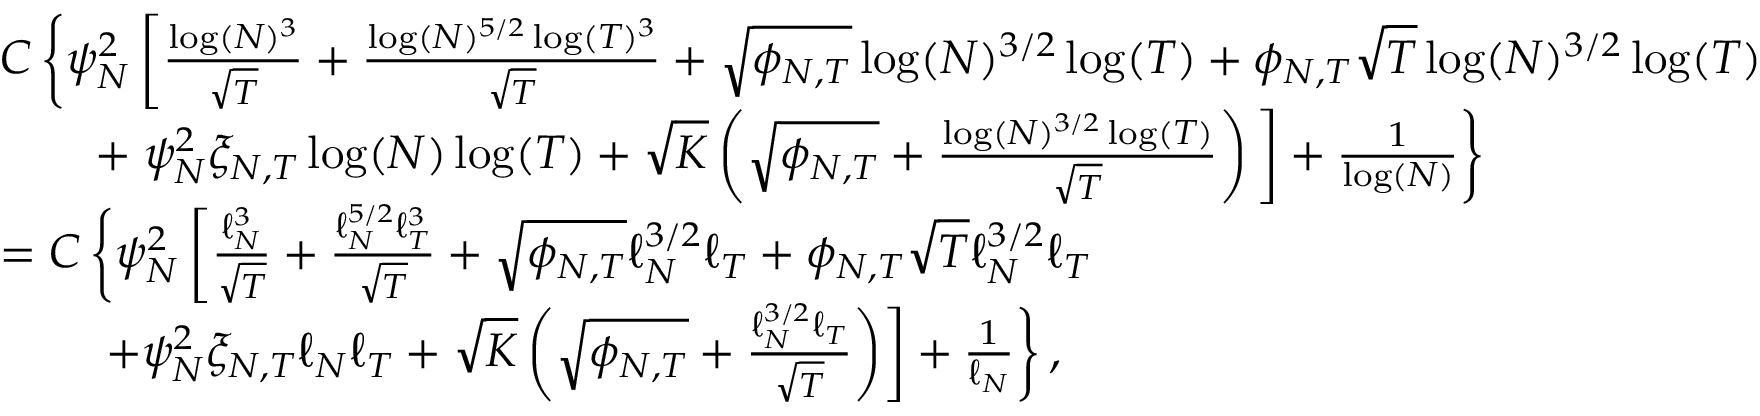
\begin{array} { r l } & { C \left\lbrace \psi _ { N } ^ { 2 } \left[ \frac { \log ( N ) ^ { 3 } } { \sqrt { T } } + \frac { \log ( N ) ^ { 5 / 2 } \log ( T ) ^ { 3 } } { \sqrt { T } } + \sqrt { \phi _ { N , T } } \log ( N ) ^ { 3 / 2 } \log ( T ) + \phi _ { N , T } \sqrt { T } \log ( N ) ^ { 3 / 2 } \log ( T ) \right. \right. } \\ & { \qquad + \left. \psi _ { N } ^ { 2 } \xi _ { N , T } \log ( N ) \log ( T ) + \sqrt { K } \left( \sqrt { \phi _ { N , T } } + \frac { \log ( N ) ^ { 3 / 2 } \log ( T ) } { \sqrt { T } } \right) \bigg ] + \frac { 1 } { \log ( N ) } \right\rbrace } \\ & { = C \left\lbrace \psi _ { N } ^ { 2 } \left[ \frac { \ell _ { N } ^ { 3 } } { \sqrt { T } } + \frac { \ell _ { N } ^ { 5 / 2 } \ell _ { T } ^ { 3 } } { \sqrt { T } } + \sqrt { \phi _ { N , T } } \ell _ { N } ^ { 3 / 2 } \ell _ { T } + \phi _ { N , T } \sqrt { T } \ell _ { N } ^ { 3 / 2 } \ell _ { T } \right. \right. } \\ & { \qquad \left. \left. + \psi _ { N } ^ { 2 } \xi _ { N , T } \ell _ { N } \ell _ { T } + \sqrt { K } \left( \sqrt { \phi _ { N , T } } + \frac { \ell _ { N } ^ { 3 / 2 } \ell _ { T } } { \sqrt { T } } \right) \right] + \frac { 1 } { \ell _ { N } } \right\rbrace , } \end{array}